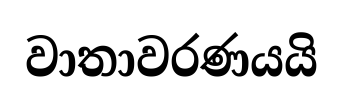
වාතාවරණයයි